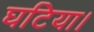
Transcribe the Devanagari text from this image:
घटिया।